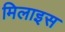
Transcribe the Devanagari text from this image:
मिलाइस